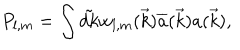
LaTeX: P _ { l , m } = \int { \tilde { d k } } w _ { l , m } ( \vec { k } ) { \overline { { { a } } } } ( \vec { k } ) a ( \vec { k } ) ,